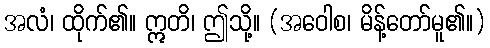
အလံ၊ ထိုက်၏။ ဣတိ၊ ဤသို့။ (အဝေါစ၊ မိန့်တော်မူ၏။)